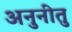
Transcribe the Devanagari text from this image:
अनुनीतु